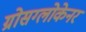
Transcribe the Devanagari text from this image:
ग्रोसग्लोकेनर